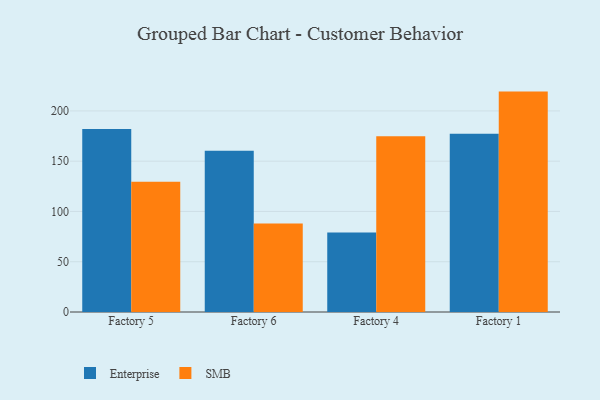
{"axis": {"x": "Factory", "y": "Shipments"}, "legend": ["Enterprise", "SMB"], "data": [{"x": "Factory 5", "y": 181.9, "type": "Enterprise"}, {"x": "Factory 5", "y": 129.5, "type": "SMB"}, {"x": "Factory 6", "y": 160.3, "type": "Enterprise"}, {"x": "Factory 6", "y": 88.1, "type": "SMB"}, {"x": "Factory 4", "y": 79.1, "type": "Enterprise"}, {"x": "Factory 4", "y": 174.9, "type": "SMB"}, {"x": "Factory 1", "y": 177.2, "type": "Enterprise"}, {"x": "Factory 1", "y": 219.2, "type": "SMB"}]}